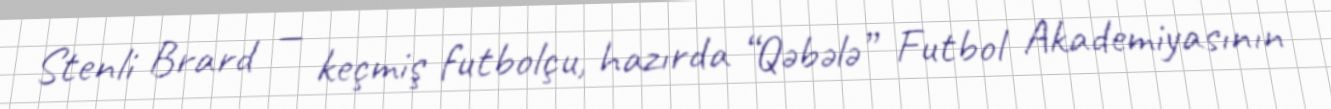
Stenli Brard — keçmiş futbolçu, hazırda “Qəbələ” Futbol Akademiyasının